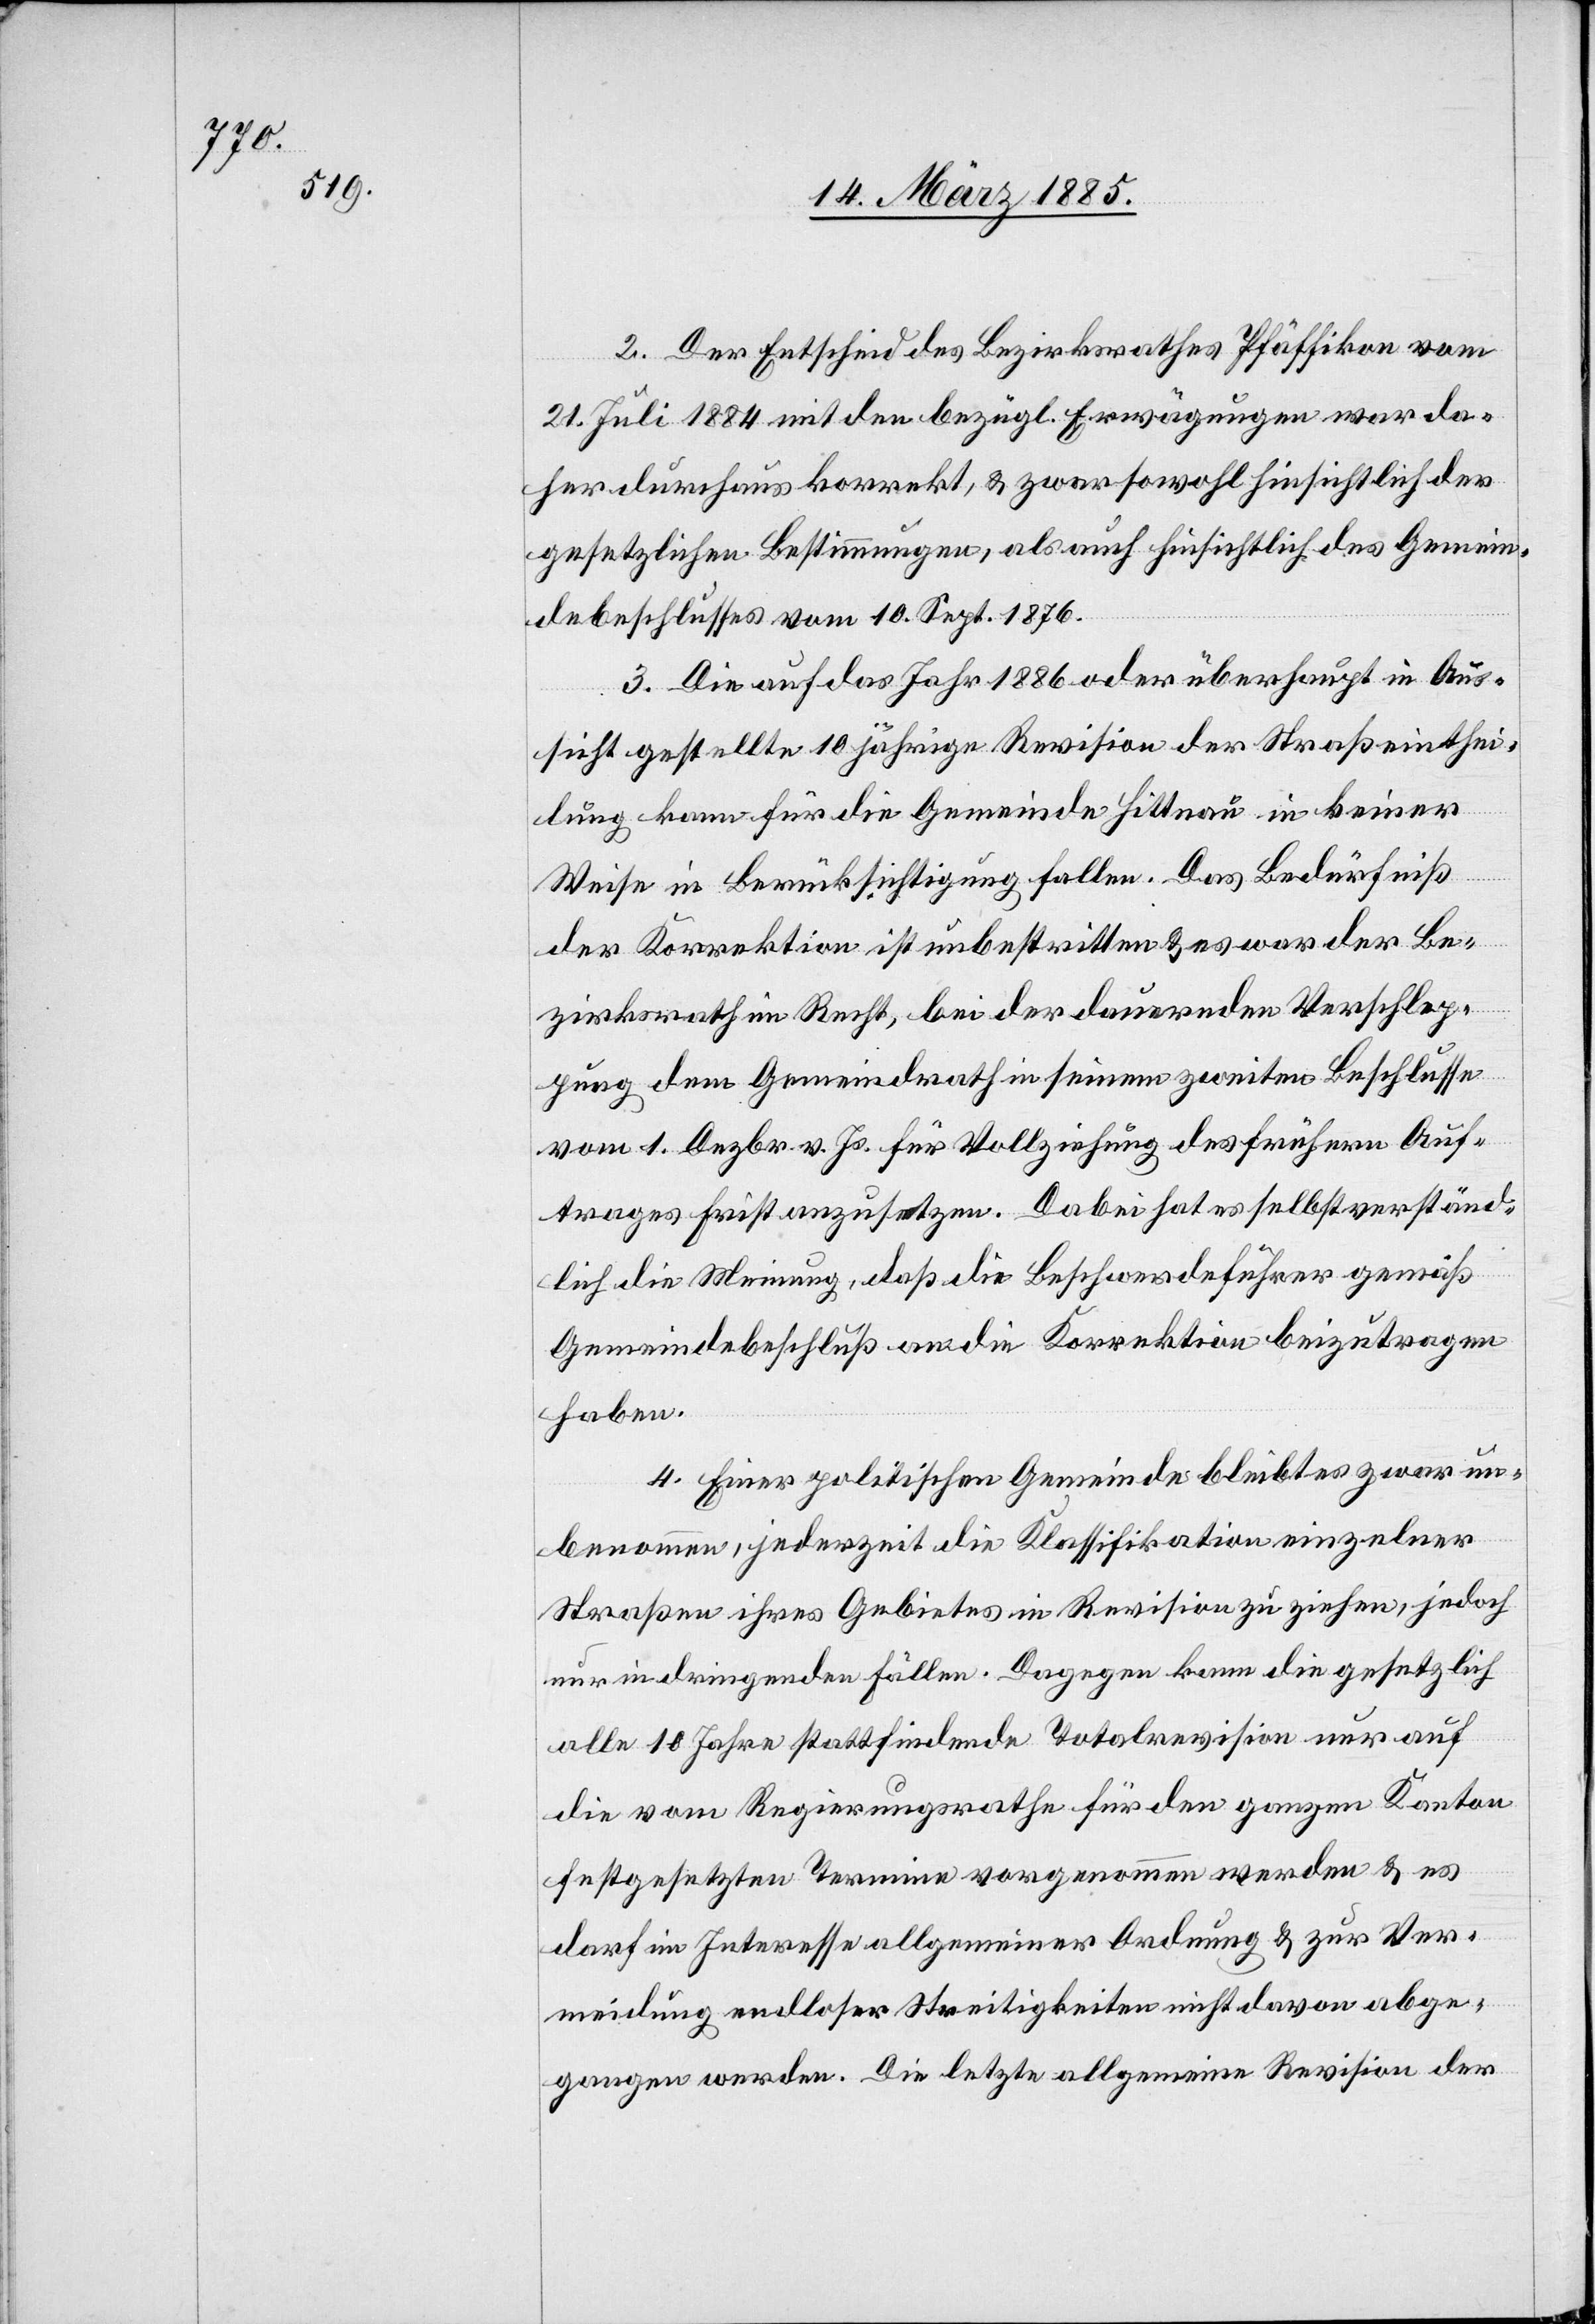
2. Der Entscheid des Bezirksrathes Pfäffikon vom
21. Juli 1884 mit den bezügl. Erwägungen war da¬
her durchaus korrekt, & zwar sowohl hinsichtlich der
gesetzlichen Bestimmungen, als auch hinsichtlich des Gemein¬
debeschlusses vom 10. Sept. 1876.
3. Die auf das Jahr 1886 oder überhaupt in Aus¬
sicht gestellte 10jährige Revision der Straßeinthei¬
lung kann für die Gemeinde Hittnau in keiner
Ver¬
Weise in Berücksichtigung fallen. Das Bedürfnis
der Korrektion ist unbestritten & es war der Be¬
zirksrath im Recht, bei der dauernden Verschlap¬
pung dem Gemeindrath in seinem zweigen Beschlusse
vom 1. Dezbr. v. Js. für Vollziehung des frühern Auf¬
trages Frist anzusetzen. Dabei hat es selbst verständ¬
lich die Meinung, daß die Beschwerdeführer gemäß
Gemeindebeschluß an die Korrektion beizutragen
haben.
4. Einer politischen Gemeinde bleibt es zwar un¬
benommen, jederzeit die Klassifikation einzelner
Straßen ihres Gebietes in Revision zu ziehen, jedoch
nur in dringenden Fällen. Dagegen kann die gesetzlich
alle 10 Jahre stattfindende Totalrevision nur auf
die vom Regierungsrathe für den ganzen Kanton
festgesetzten Termine vorgenommen werden & zur
meidung endloser Streitigkeiten nicht davon abge¬
gangen werden. Die letzte allgemeine Revision der